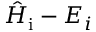
\hat { H } _ { \mathrm { i } } - E _ { i }